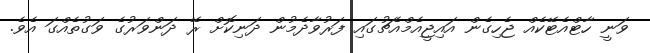
ވަނީ ހާޓްއެޓޭކެއް ޖެހިގެން އައިޖީއެމްއެޗުގައި ފަރުވާދެމުން ދަނިކޮށް ރޭ ދަންވަރުގެ ވަގުތެއްގަ އެވެ.